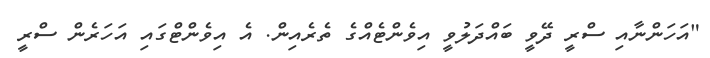
"އަހަންނާއި ސްރީ ދޭވީ ބައްދަލުވީ އިވެންޓެއްގެ ތެރެއިން. އެ އިވެންޓްގައި އަހަރެން ސްރީ